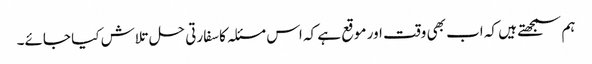
ہم سمجھتے ہیں کہ اب بھی وقت اور موقع ہے کہ اس مسئلہ کا سفارتی حل تلاش کیا جائے۔